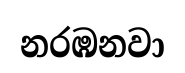
නරඹනවා